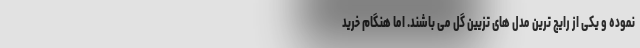
نموده و یکی از رایج ترین مدل های تزیین گل می باشند. اما هنگام خرید